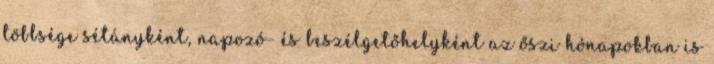
többsége sétányként, napozó- és beszélgetőhelyként az őszi hónapokban is